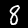
Label: 8